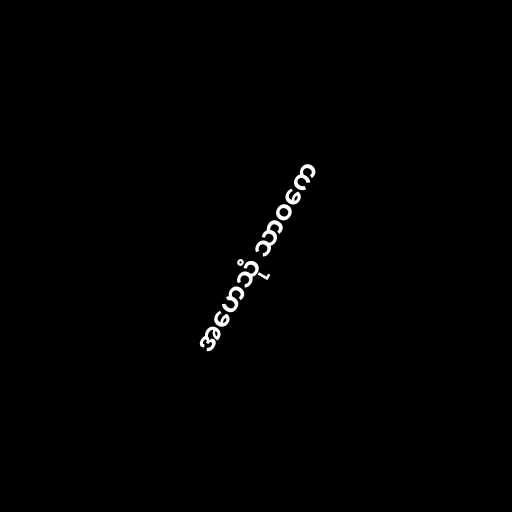
အဟေသုံ သာဝကေ